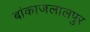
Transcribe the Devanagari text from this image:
बांकाजलालपुर